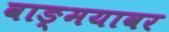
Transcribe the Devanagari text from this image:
वाङ्‌मयावर